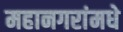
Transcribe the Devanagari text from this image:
महानगरांमधे